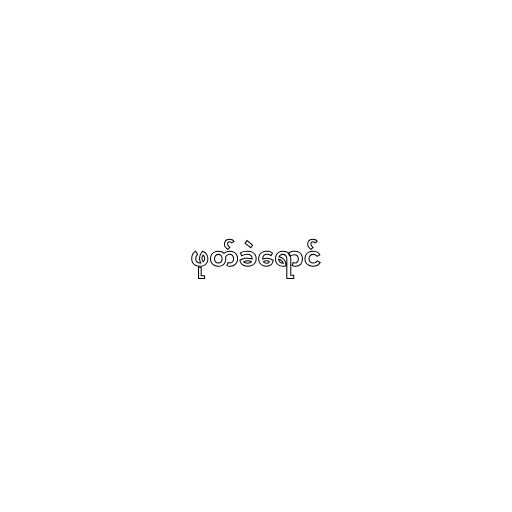
ဖုတ်ခဲရောင်